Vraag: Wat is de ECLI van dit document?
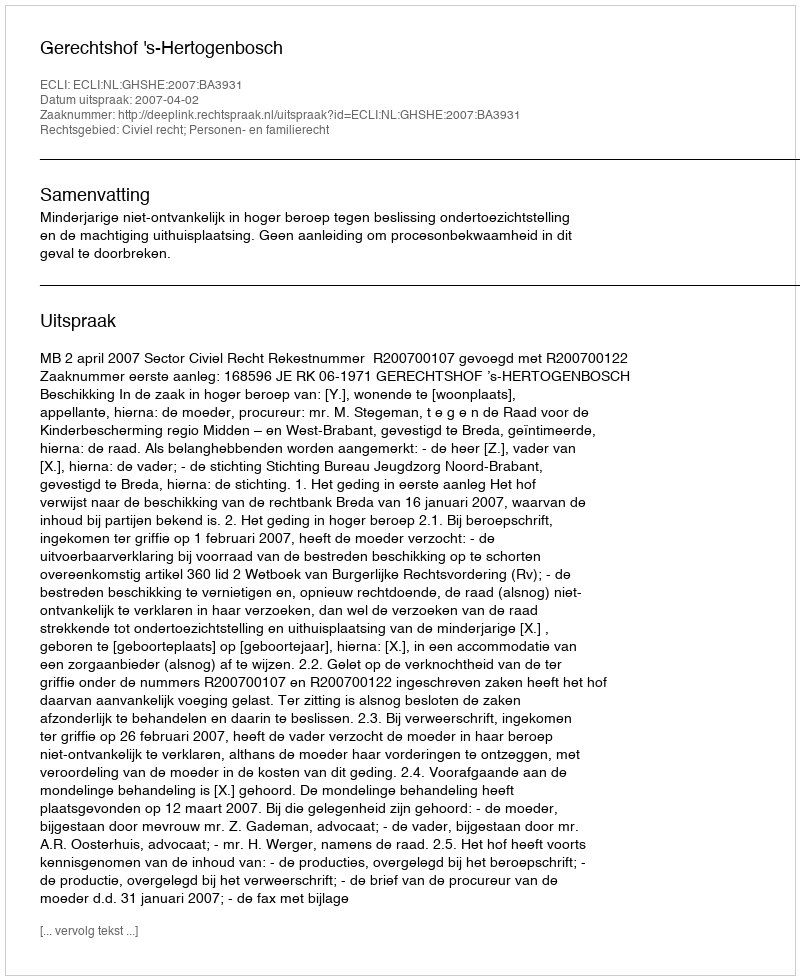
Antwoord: ECLI:NL:GHSHE:2007:BA3931